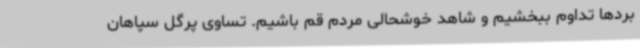
بردها تداوم ببخشیم و شاهد خوشحالی مردم قم باشیم. تساوی پرگل سپاهان